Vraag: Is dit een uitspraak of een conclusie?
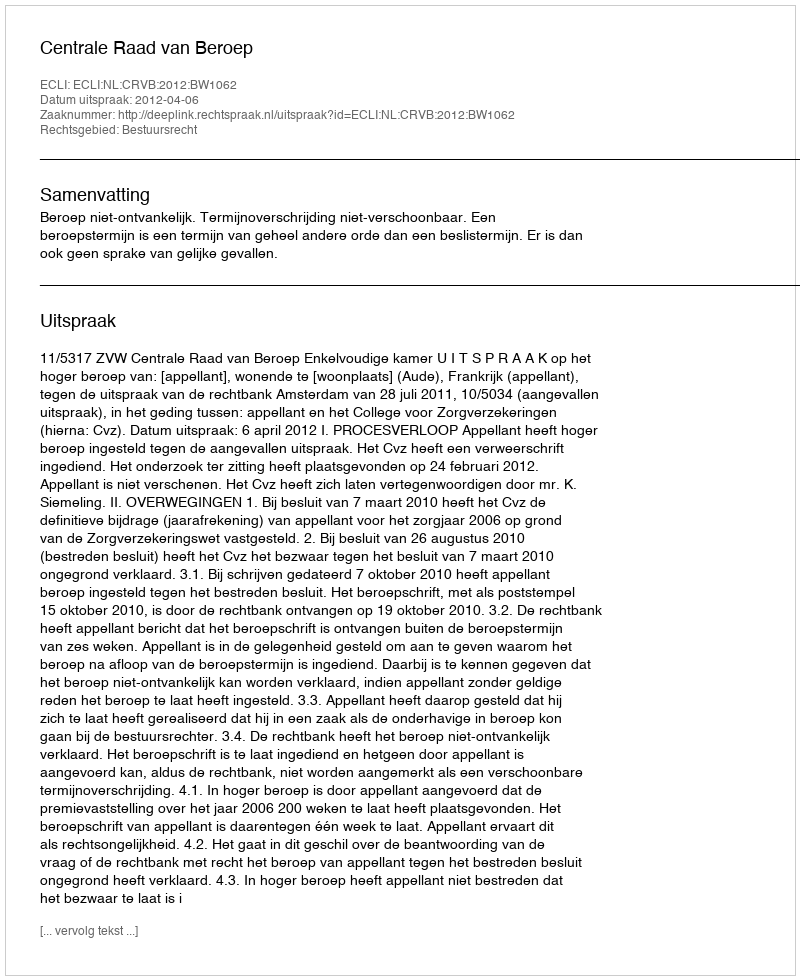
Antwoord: Uitspraak